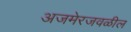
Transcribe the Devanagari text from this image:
अजमेरजवळील